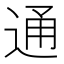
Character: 通